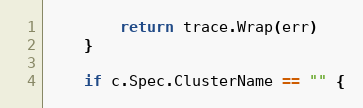
Language: Go
		return trace.Wrap(err)
	}

	if c.Spec.ClusterName == "" {